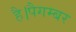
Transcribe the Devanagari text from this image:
है।पैगम्बर